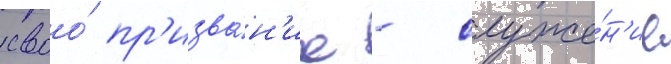
своо́ пр'изва́н'ие - служе́н'ие